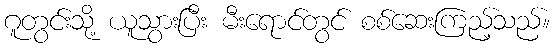
ဂူတွင်းသို့ ယူသွားပြီး မီးရောင်တွင် စစ်ဆေးကြည့်သည်။